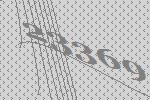
23369